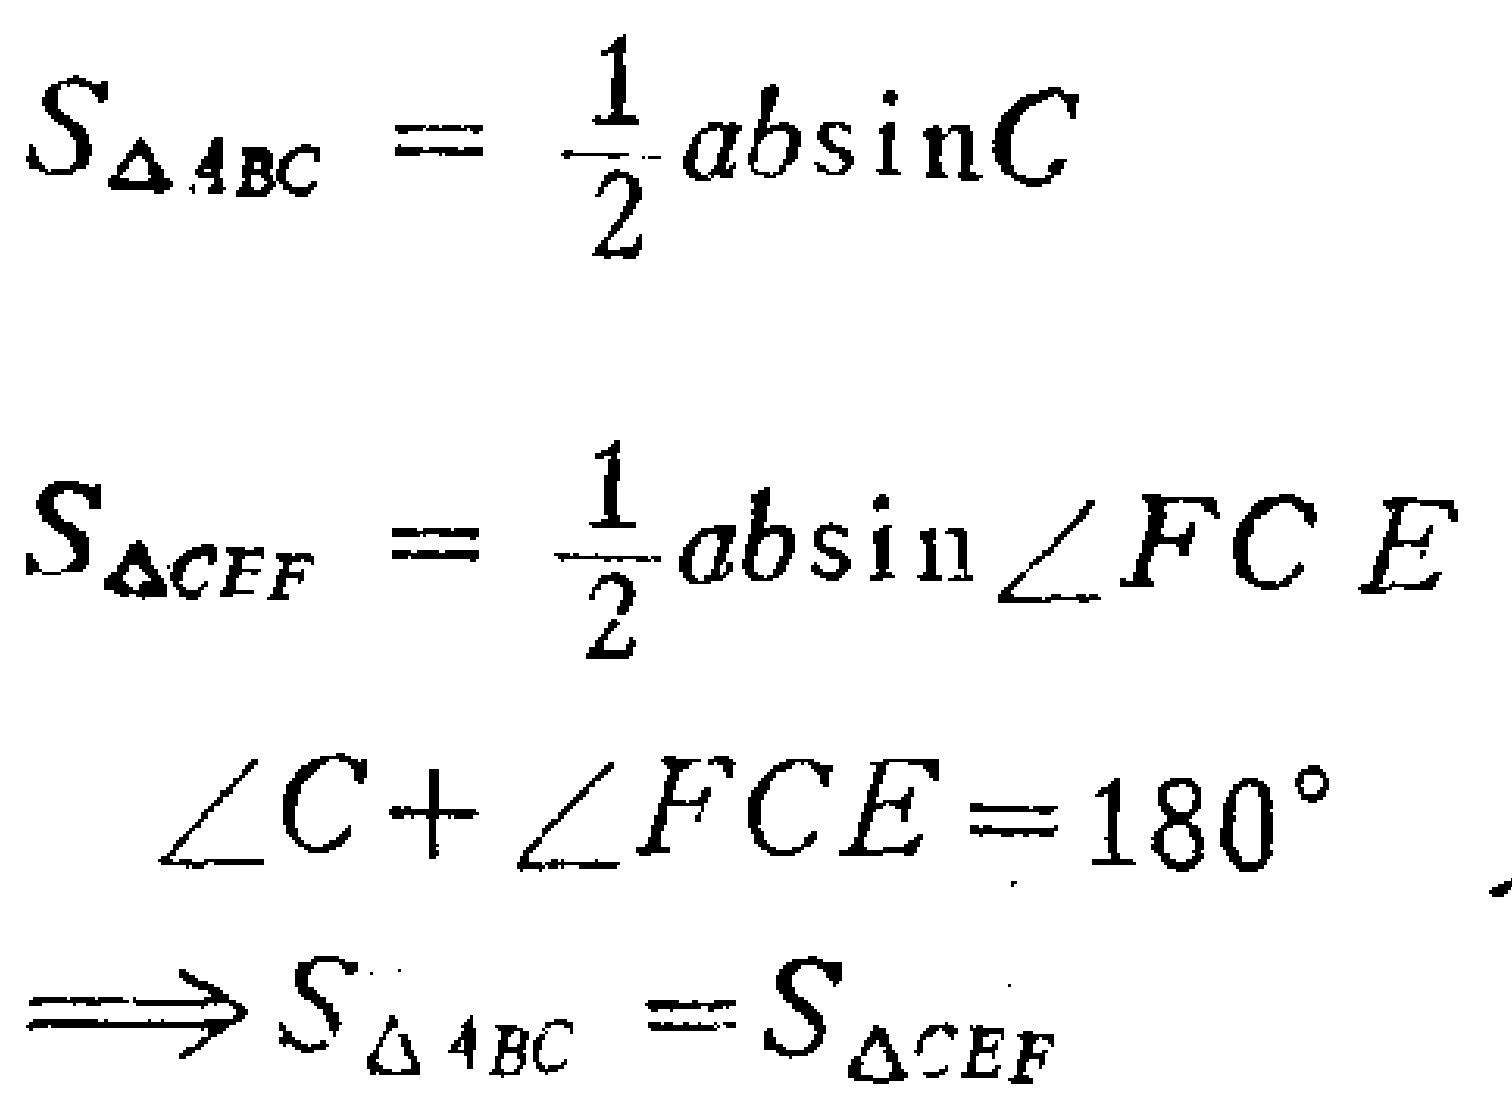
\[

\begin{align*}

S_{\triangle ABC}&=\frac{1}{2}ab\sin C\\

S_{\triangle CEF}&=\frac{1}{2}ab\sin\angle FCE\\

\angle C+\angle FCE&=180^{\circ}\\

\Longrightarrow S_{\triangle ABC}&=S_{\triangle CEF}

\end{align*}

\]